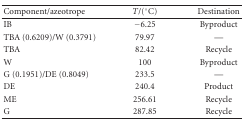
<table><thead><tr><td><b>Component/azeotrope</b></td><td><b><i>T</i>/(°C)</b></td><td><b> Destination</b></td></tr></thead><tbody><tr><td>IB</td><td>−6.25</td><td>Byproduct</td></tr><tr><td>TBA (0.6209)/W (0.3791)</td><td>79.97</td><td>—</td></tr><tr><td>TBA</td><td>82.42</td><td>Recycle</td></tr><tr><td>W</td><td>100</td><td>Byproduct</td></tr><tr><td>G (0.1951)/DE (0.8049)</td><td>233.5</td><td>—</td></tr><tr><td>DE</td><td>240.4</td><td>Product</td></tr><tr><td>ME</td><td>256.61</td><td>Recycle</td></tr><tr><td>G</td><td>287.85</td><td>Recycle</td></tr></tbody></table>